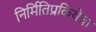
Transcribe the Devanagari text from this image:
निर्मितिप्रकियेचा